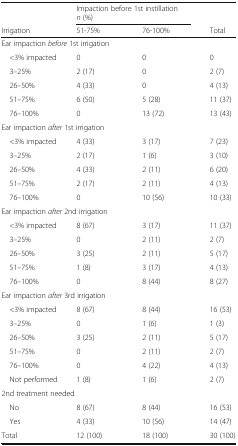
<table><thead><tr><td></td><td colspan="2"><b>Impaction before 1st instillation<i>n</i> (%)</b></td><td></td></tr><tr><td><b>Irrigation</b></td><td><b>51-75%</b></td><td><b>76-100%</b></td><td><b>Total</b></td></tr></thead><tbody><tr><td colspan="4">Ear impaction <i>before</i> 1st irrigation</td></tr><tr><td> &lt;3% impacted</td><td>0</td><td>0</td><td>0</td></tr><tr><td> 3–25%</td><td>2 (17)</td><td>0</td><td>2 (7)</td></tr><tr><td> 26–50%</td><td>4 (33)</td><td>0</td><td>4 (13)</td></tr><tr><td> 51–75%</td><td>6 (50)</td><td>5 (28)</td><td>11 (37)</td></tr><tr><td> 76–100%</td><td>0</td><td>13 (72)</td><td>13 (43)</td></tr><tr><td colspan="4">Ear impaction <i>after</i> 1st irrigation</td></tr><tr><td> &lt;3% impacted</td><td>4 (33)</td><td>3 (17)</td><td>7 (23)</td></tr><tr><td> 3–25%</td><td>2 (17)</td><td>1 (6)</td><td>3 (10)</td></tr><tr><td> 26–50%</td><td>4 (33)</td><td>2 (11)</td><td>6 (20)</td></tr><tr><td> 51–75%</td><td>2 (17)</td><td>2 (11)</td><td>4 (13)</td></tr><tr><td> 76–100%</td><td>0</td><td>10 (56)</td><td>10 (33)</td></tr><tr><td colspan="4">Ear impaction <i>after</i> 2nd irrigation</td></tr><tr><td> &lt;3% impacted</td><td>8 (67)</td><td>3 (17)</td><td>11 (37)</td></tr><tr><td> 3–25%</td><td>0</td><td>2 (11)</td><td>2 (7)</td></tr><tr><td> 26–50%</td><td>3 (25)</td><td>2 (11)</td><td>5 (17)</td></tr><tr><td> 51–75%</td><td>1 (8)</td><td>3 (17)</td><td>4 (13)</td></tr><tr><td> 76–100%</td><td>0</td><td>8 (44)</td><td>8 (27)</td></tr><tr><td colspan="4">Ear impaction <i>after</i> 3rd irrigation</td></tr><tr><td> &lt;3% impacted</td><td>8 (67)</td><td>8 (44)</td><td>16 (53)</td></tr><tr><td> 3–25%</td><td>0</td><td>1 (6)</td><td>1 (3)</td></tr><tr><td> 26–50%</td><td>3 (25)</td><td>2 (11)</td><td>5 (17)</td></tr><tr><td> 51–75%</td><td>0</td><td>2 (11)</td><td>2 (7)</td></tr><tr><td> 76–100%</td><td>0</td><td>4 (22)</td><td>4 (13)</td></tr><tr><td> Not performed</td><td>1 (8)</td><td>1 (6)</td><td>2 (7)</td></tr><tr><td colspan="4">2nd treatment needed</td></tr><tr><td> No</td><td>8 (67)</td><td>8 (44)</td><td>16 (53)</td></tr><tr><td> Yes</td><td>4 (33)</td><td>10 (56)</td><td>14 (47)</td></tr><tr><td>Total</td><td>12 (100)</td><td>18 (100)</td><td>30 (100)</td></tr></tbody></table>